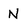
Character: N